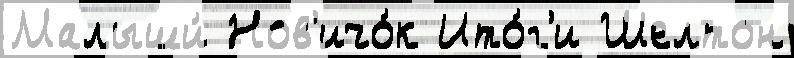
Малыши́ Нов'ичо́к Ито́г'и Шелтон